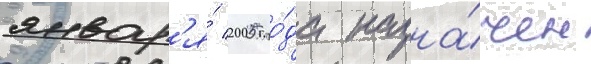
январ'я́ 2005 го́да назна́чен